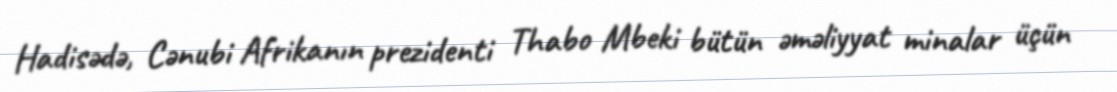
Hadisədə, Cənubi Afrikanın prezidenti Thabo Mbeki bütün əməliyyat minalar üçün